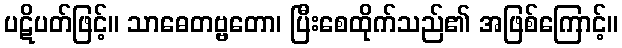
ပဋိပတ်ဖြင့်။ သာဓေတဗ္ဗတော၊ ပြီးစေထိုက်သည်၏ အဖြစ်ကြောင့်။